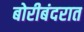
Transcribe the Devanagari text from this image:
बोरीबंदरात